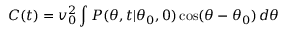
C ( t ) = v _ { 0 } ^ { 2 } \int P ( \theta , t | \theta _ { 0 } , 0 ) \, \mathrm { c o s } ( \theta - \theta _ { 0 } ) \, d \theta